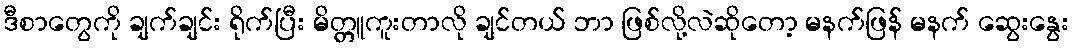
ဒီစာတွေကို ချက်ချင်း ရိုက်ပြီး မိတ္တူကူးတာလို ချင်တယ် ဘာ ဖြစ်လို့လဲဆိုတော့ မနက်ဖြန် မနက် ဆွေးနွေး